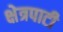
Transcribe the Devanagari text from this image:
क्षेत्रपाटी